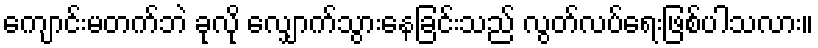
ကျောင်းမတက်ဘဲ ခုလို လျှောက်သွားနေခြင်းသည် လွတ်လပ်ရေးဖြစ်ပါသလား။